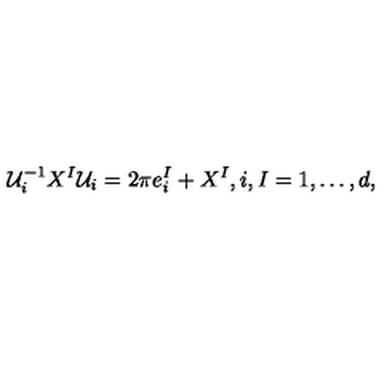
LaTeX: { \cal U } _ { i } ^ { - 1 } X ^ { I } { \cal U } _ { i } = 2 \pi e _ { i } ^ { I } + X ^ { I } , i , I = 1 , \ldots , d ,